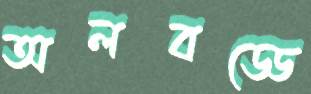
অলবড্ডে